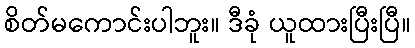
စိတ်မကောင်းပါဘူး။ ဒီခုံ ယူထားပြီးပြီ။